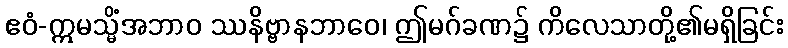
ဧဝံ-ဣမသ္မိံအဘာဝ ဿနိဗ္ဗာနဘာဝေ၊ ဤမဂ်ခဏ၌ ကိလေသာတို့၏မရှိခြင်း